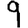
Digit: 9